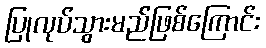
ပြုလုပ်သွားမည်ဖြစ်ကြောင်း